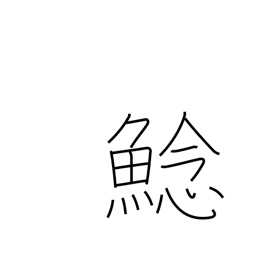
Meaning: fresh-water catfish